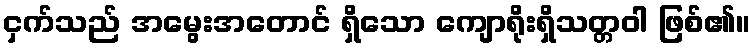
ငှက်သည် အမွေးအတောင် ရှိသော ကျောရိုးရှိသတ္တဝါ ဖြစ်၏။